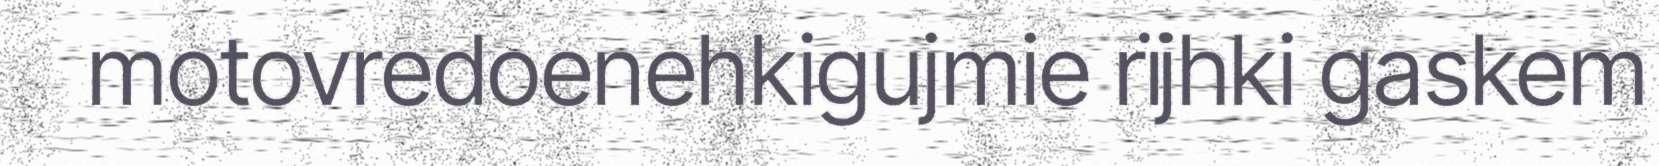
motovredoenehkigujmie rïjhki gaskem